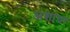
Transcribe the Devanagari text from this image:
अशाया